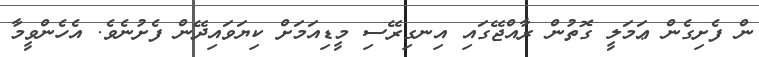
ން ފެށިގެން ޢަމަލީ ގޮތުން ރާއްޖޭގައި އިނގިރޭސި މީޑިއަމަށް ކިޔަވައިދޭން ފެށުނެވެ. އެހެންވީމާ